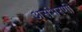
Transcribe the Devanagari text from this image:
असंभरणी